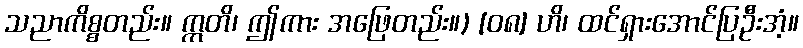
သညာကိစ္စတည်း။ ဣတိ၊ ဤကား အဖြေတည်း။) [၀၈] ဟိ၊ ထင်ရှားအောင်ပြဦးအံ့။